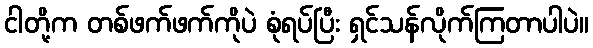
ငါတို့က တစ်ဖက်ဖက်ကိုပဲ စုံရပ်ပြီး ရှင်သန်လိုက်ကြတာပါပဲ။